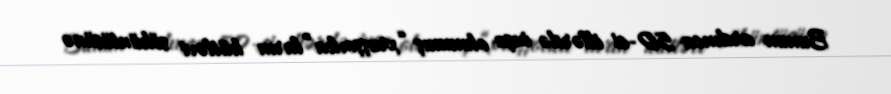
Bunun ardınca 50-ci illərdə inşa olunmuş “xruşşovka”ların kütləvi söküntüsünə